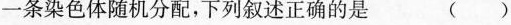
一条染色体随机分配，下列叙述正确的是 ( )